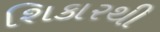
શિકારથી